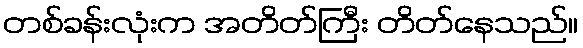
တစ်ခန်းလုံးက အတိတ်ကြီး တိတ်နေသည်။